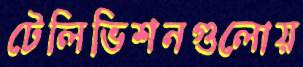
টেলিভিশনগুলোয়